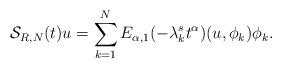
LaTeX: \begin{align*}\mathcal{S}_{R,N}(t)u=\sum_{k=1}^{N}E_{\alpha,1}(-\lambda_{k}^{s}t^{\alpha})(u,\phi_{k})\phi_{k}.\end{align*}